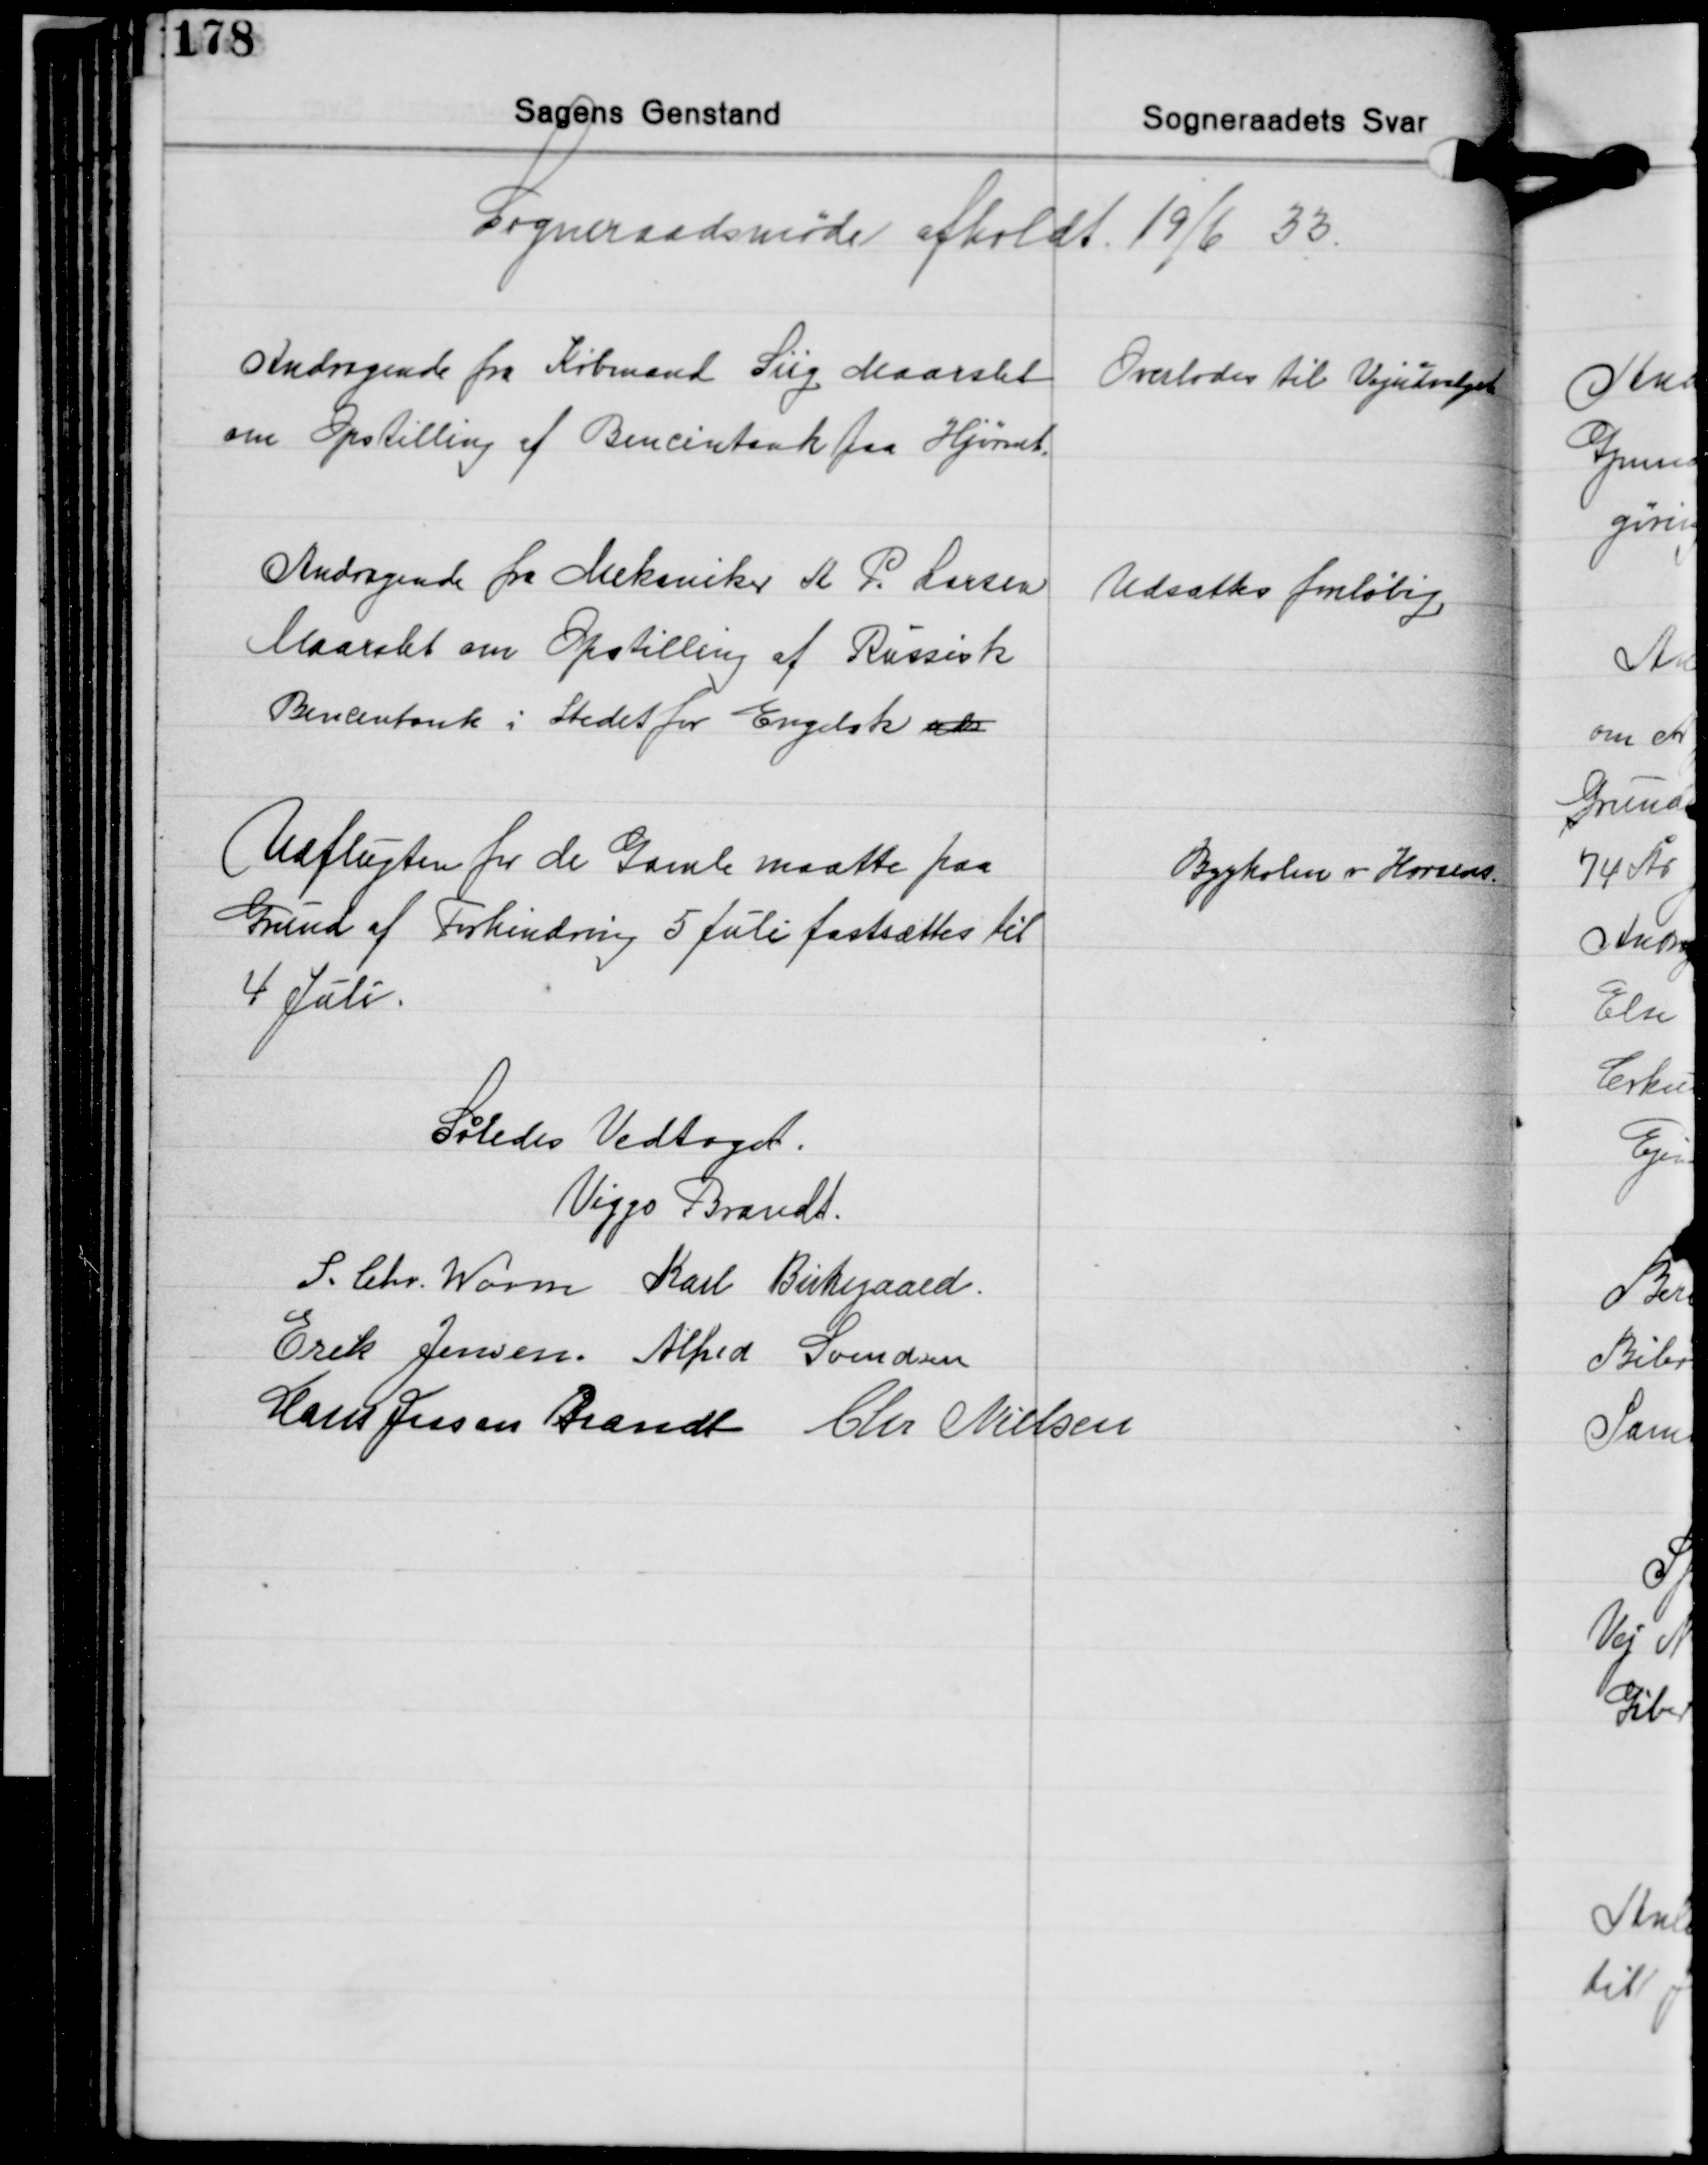
Transskription:
Sogneraadsmøde afholdt 19/6 33

Andragende fra Købmand Siig Maarslet
om Opstilling af Bencintank paa Hjørnet.

Overlodes til Vejudvalget

Andragende fra Mekaniker A P. Larsen
Maarslet om Opstilling af Russisk
Bencintank i Stedet for Engelsk ved

Udsættes foreløbig

Udflugten for de Gamle maatte paa
Grund af Forhindring 5 Juli fastsættes til
4 Juli.

Bygholm v Horsens

Således Vedtaget.
Viggo Brandt
S. Chr. Worm Karl Birkegaard
Erik Jensen Alfred Svendsen
Hans Jessen Brandt Chr. Nielsen